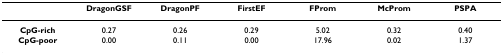
<table><thead><tr><td>[EMPTY_CELL]</td><td><b>DragonGSF</b></td><td><b>DragonPF</b></td><td><b>FirstEF</b></td><td><b>FProm</b></td><td><b>McProm</b></td><td><b>PSPA</b></td></tr></thead><tbody><tr><td><b>CpG-rich</b></td><td>0.27</td><td>0.26</td><td>0.29</td><td>5.02</td><td>0.32</td><td>0.40</td></tr><tr><td><b>CpG-poor</b></td><td>0.00</td><td>0.11</td><td>0.00</td><td>17.96</td><td>0.02</td><td>1.37</td></tr></tbody></table>